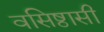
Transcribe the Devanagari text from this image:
वसिष्ठासी